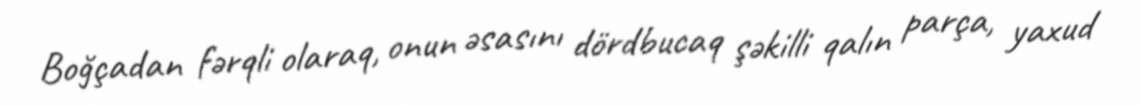
Boğçadan fərqli olaraq, onun əsasını dördbucaq şəkilli qalın parça, yaxud